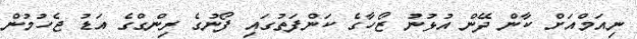
ނިއަމްއަށް ކާން ދޭން އުޅުނު ޒޯހާގެ ކަންފަތުގައި ފޯނުގެ ރިންގްގެ އަޑު ޖެހުމުން